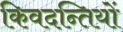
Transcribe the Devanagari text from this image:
किवदन्तियों